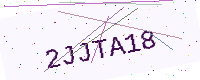
Text: 2JJTA18